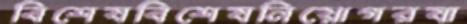
বিশেষবিশেষনিয়োগরযা